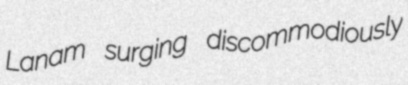
Lanam surging discommodiously